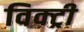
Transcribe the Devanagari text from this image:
विक्‍ट्री